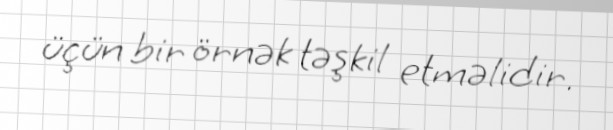
üçün bir örnək təşkil etməlidir.